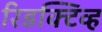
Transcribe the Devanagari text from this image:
रिडक्टिव्ह